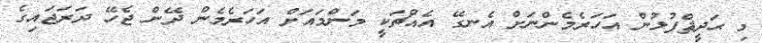
މި ޙަދީޘްފުޅުން އަހަރެމެންނަށް އެނގޭ އެއްޗަކީ މަންމައަށް އަހަރެމެން ދޭން ޖެހޭ ދަރަޖައިގެ